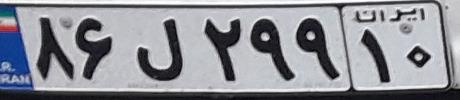
۸۶ل۲۹۹۱۰